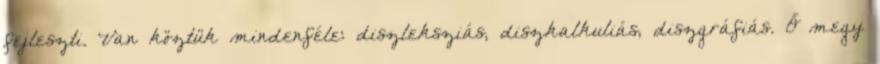
fejleszti. Van köztük mindenféle: diszleksziás, diszkalkuliás, diszgráfiás. Ő megy